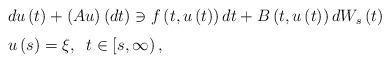
LaTeX: \begin{align*}\begin{tabular}[c]{l}$du\left( t\right) +\left( Au\right) \left( dt\right) \ni f\left(t,u\left( t\right) \right) dt+B\left( t,u\left( t\right) \right)dW_{s}\left( t\right) $\medskip\\$u\left( s\right) =\xi,\;\;t\in\left[ s,\infty\right) ,$\end{tabular}\ \ \end{align*}